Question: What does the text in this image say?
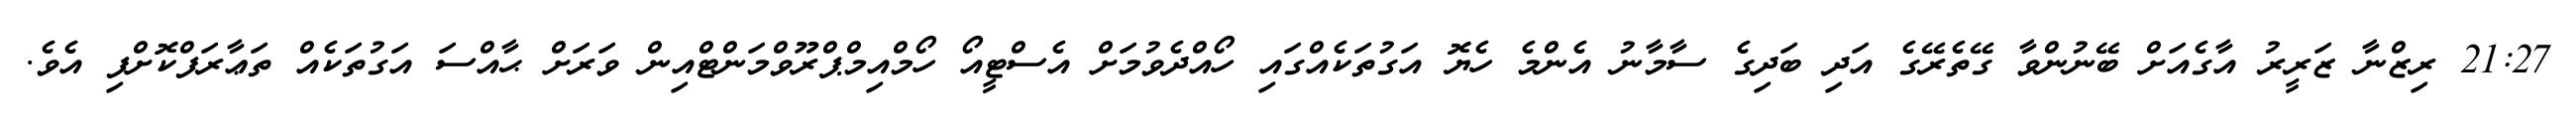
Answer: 21:27 ރިޒްނާ ޒަރީރު އާގެއަށް ބޭނުންވާ ގޭތެރޭގެ އަދި ބަދިގެ ސާމާނު އެންމެ ހެޔޮ އަގުތަކެއްގައި ހޯއްދެވުމަށް އެސްޓީއޯ ހޯމްއިމްޕްރޫވްމަންޓްއިން ވަރަށް ޙާއްސަ އަގުތަކެއް ތަޢާރަފްކޮށްފި އެވެ.